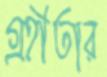
গ্রহীতার